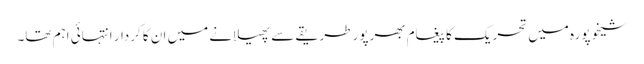
شیخوپورہ میں تحریک کا پیغام بھرپور طریقے سے پھیلانے میں ان کا کردار انتہائی اہم تھا۔